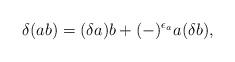
LaTeX: \begin{align*}\delta (ab)= (\delta a) b + (-)^{\epsilon_a} a (\delta b),\end{align*}